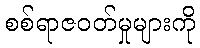
စစ်ရာဇဝတ်မှုများကို